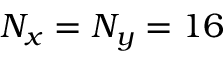
N _ { x } = N _ { y } = 1 6